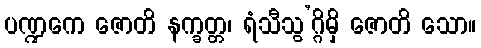
ပဏ္ဍကေ ဇောတိ နက္ခတ္တ၊ ရံသီသွ’ဂ္ဂိမှိ ဇောတိ သော။